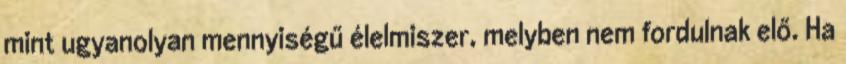
mint ugyanolyan mennyiségű élelmiszer, melyben nem fordulnak elő. Ha